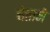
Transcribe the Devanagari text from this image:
चेताने